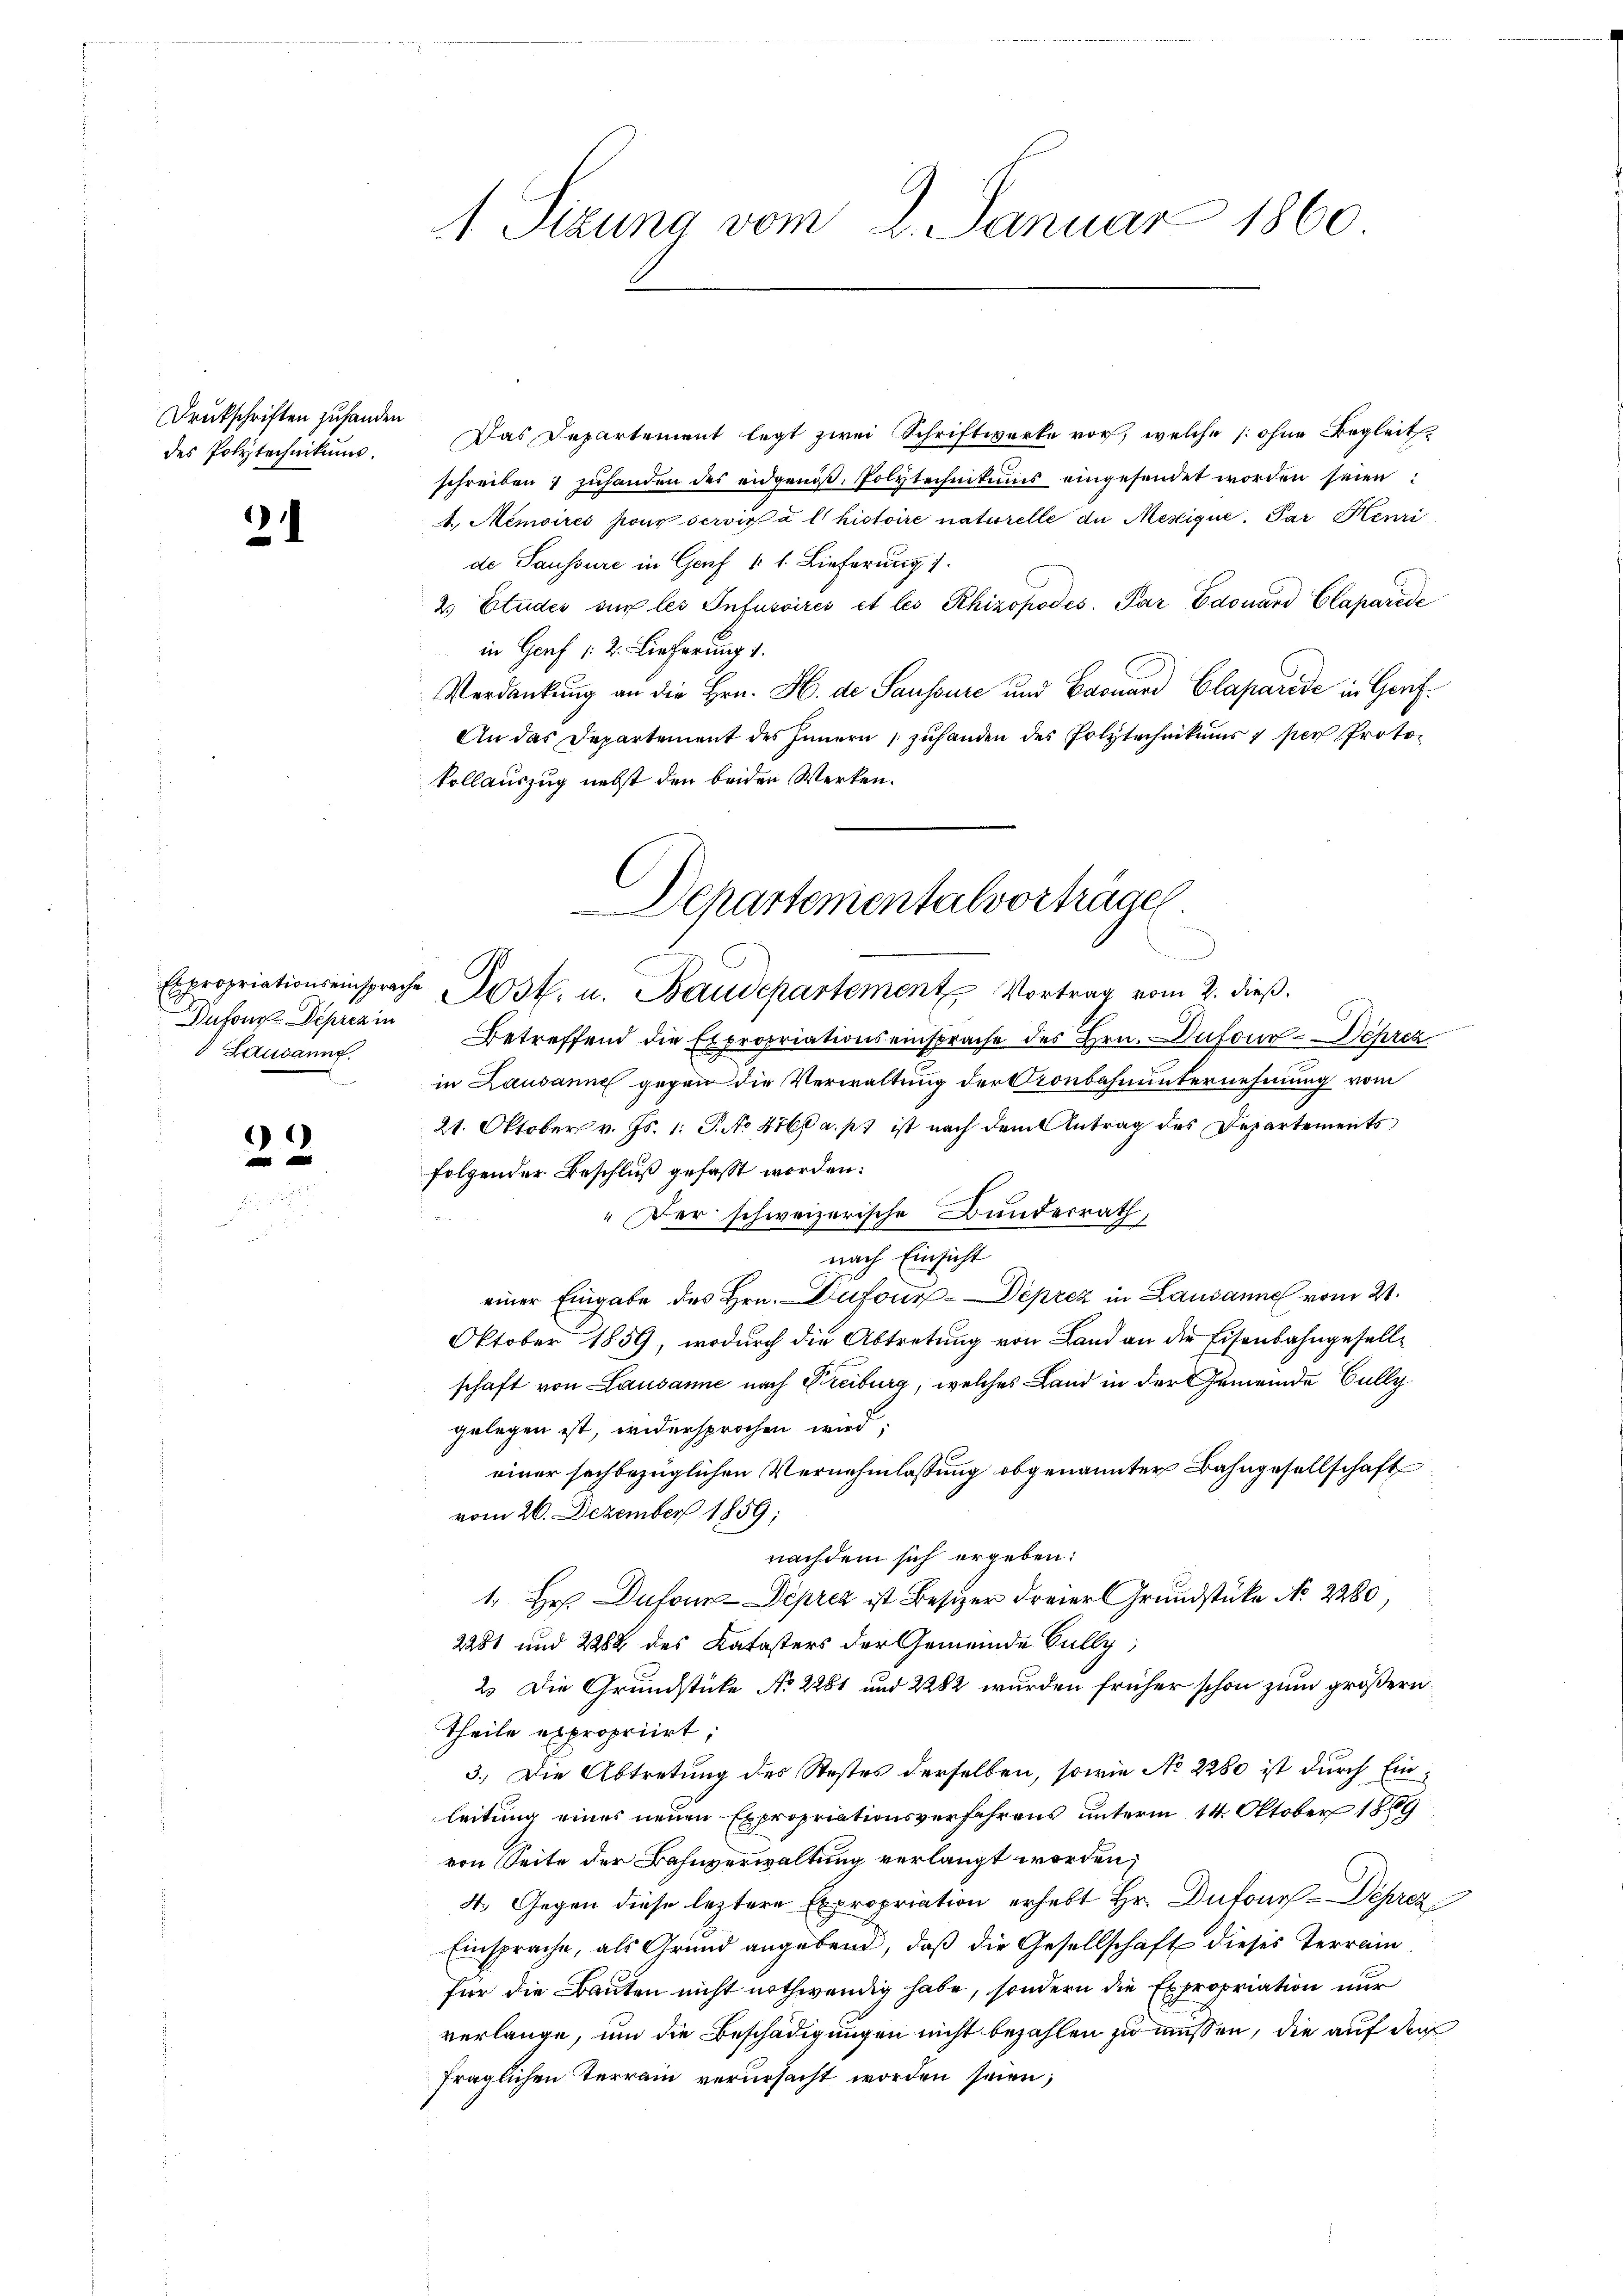
Drukschriften zuhanden
des Polytechnikum.

.

Lausanne.

)

1 Sizung vom 2. Januar 1860

Das Departement legt zwei Schriftwerke vor, welche [ohne Begleitschreiben 1 zuhanden des eidgenoß, Polytechnikums eingesendet worden seien
4.) Memoires pour servir à l’histoire naturelle de Mesique. Par Henri
de Saussure in Genf 11. Lieferung
2 Etudes sur les Infuscirés et les Rhizopodes. Par Edouard Claparide
in Genf (2. Lieferung 1.
Verdankung an die Hrn. H. de Saussure und Baouard Claparise in Gerf¬
An das Departement des Innern zŭ handen des Polytechnikums 1 per Proto-
kollauszug nebst den beiden Werken.
Dufour Depren in Betreffend die Expropriationseinsprache des Hrn. Dufour-Deprez
in Lausanne gegen die Verwaltung der Kronbahnunternehmung vom
21. Oktober v. Js. 1. P. No 4766 a. p. ist nach dem Antrag des Departements
folgender Beschluß gefasst worden:
" Der schweizerische Bundesrath,
nach Einsicht
einer Eingabe des Hrn. Dufour-Deprez in Lausanne vom 21.
Oktober 1859, wodurch die Abtretung von Land an die Eisenbahngesellschaft von Lausanne nach Treiburg, welches Land in der Gemeinde Fully
gelegen ist, widersprochen wird;
einer sachbezüglichen Vernehmlassung obgenannter Bahngesellschaft
vom 26. Dezember 1859;
nachdem sich ergeben:
1. Hr. Dufour-Déprez ist Besizer dreier Grundstücke No 2280,
2281 und 2288 des Katasters der Gemeinde Fully,
2. Die Grundstücke No 2281 und 2282 wurden früher schon zum größern
Theile expropriirt;
3.) Die Abtretung des Stestes derselben, sowie No 2280 ist durch Einleitung eines neuen Expropriationsverfahrens unterm 14. Oktober 1889
von Seite der Bahnverwaltung verlangt worden;
4. Gegen diese leztere Expropriation erhebt Hr. Dufours - Deprez
Einsprache, als Grund angebend, daß die Gesellschaft dieses Terrain
für die Bauten nicht nothwendig habe, sondern die Expropriation nur
verlange, um die Beschädigungen nicht bezahlen zu müssen, die auf der
fraglichen Terrain verursacht worden seien;

Schartementalvorträgen
d
Expropriationseinsprache Post. u. Baudepartement Vortrag vom 2. dieß.